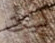
لبيت